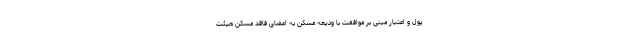
پول و اعتبار مبنی بر موافقت با ودیعه مسکن به اعضای فاقد مسکن هیئت